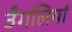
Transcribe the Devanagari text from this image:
उँगलियां